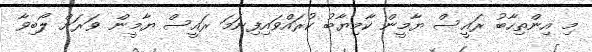
މި އިންތިހާބު ރައީސް ޔާމީން ކާމިޔާބު ކުރައްވައިފިނަމަ ރައީސް ޔާމީން ވަރަށް ލޯބިވާ